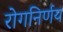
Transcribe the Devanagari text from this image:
रोगनिर्णय